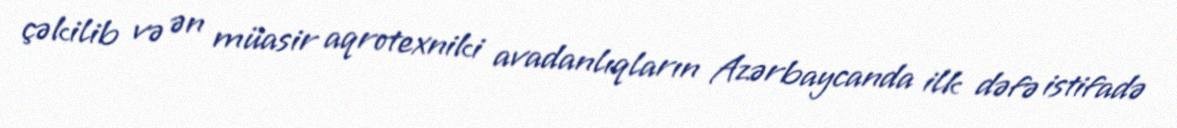
çəkilib və ən müasir aqrotexniki avadanlıqların Azərbaycanda ilk dəfə istifadə